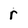
Character: r